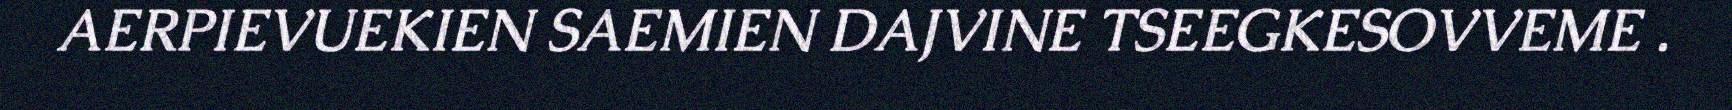
AERPIEVUEKIEN SAEMIEN DAJVINE TSEEGKESOVVEME .